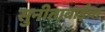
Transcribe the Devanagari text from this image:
सुनीताबाईंचा